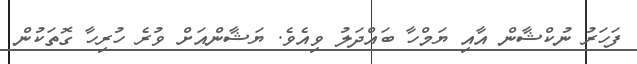
ފަހަރު ނުކްޝާން އާއި ޔަމްހާ ބައްދަލު ވިއެވެ. ޔަޝާންއަށް ވުރެ ހުރިހާ ގޮތަކުން